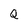
Character: Q